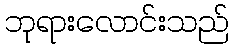
ဘုရားလောင်းသည်